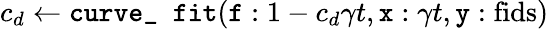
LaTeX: c_{d}\gets\texttt{curve\_ fit}(\texttt{f}:1-c_{d}\gamma t,\texttt{x}:\gamma t,\texttt{y}:\textrm{fids})